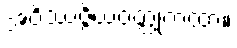
အဝိဿဇ္ဇိယဝတ္ထုကထာ။